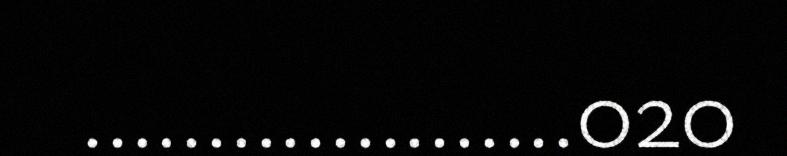
....................020